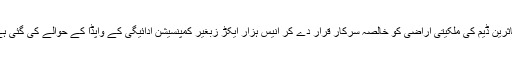
متاثرین ڈیم کی ملکیتی اراضی کو خالصہ سرکار قرار دے کر انیس ہزار ایکڑ زبغیر کمپنسیشن ادائیگی کے واپڈا کے حوالے کی گئی ہے۔